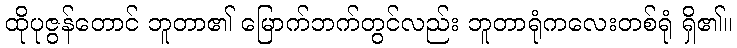
ထိုပုဇွန်တောင် ဘူတာ၏ မြောက်ဘက်တွင်လည်း ဘူတာရုံကလေးတစ်ရုံ ရှိ၏။